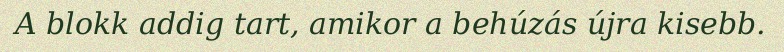
A blokk addig tart, amikor a behúzás újra kisebb.